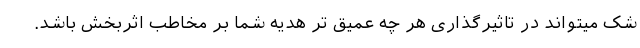
شک میتواند در تاثیرگذاری هر چه عمیق تر هدیه شما بر مخاطب اثربخش باشد.